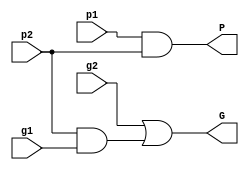
module black_cell(p1, p2, g1, g2, G, P);
input  p1, p2, g1, g2;
output G, P;

// put your design here
wire and1;

and(and1,p2,g1);
or(G,g2,and1);
and(P,p1,p2);

endmodule